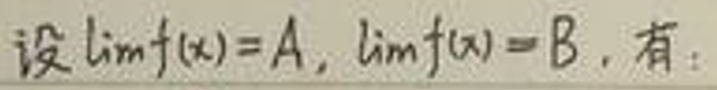
设$\lim f(x)=A,\lim f(x)=B$. 有：